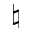
\natural